Report of the Bombay Plague Committee
Disease focus: Plague
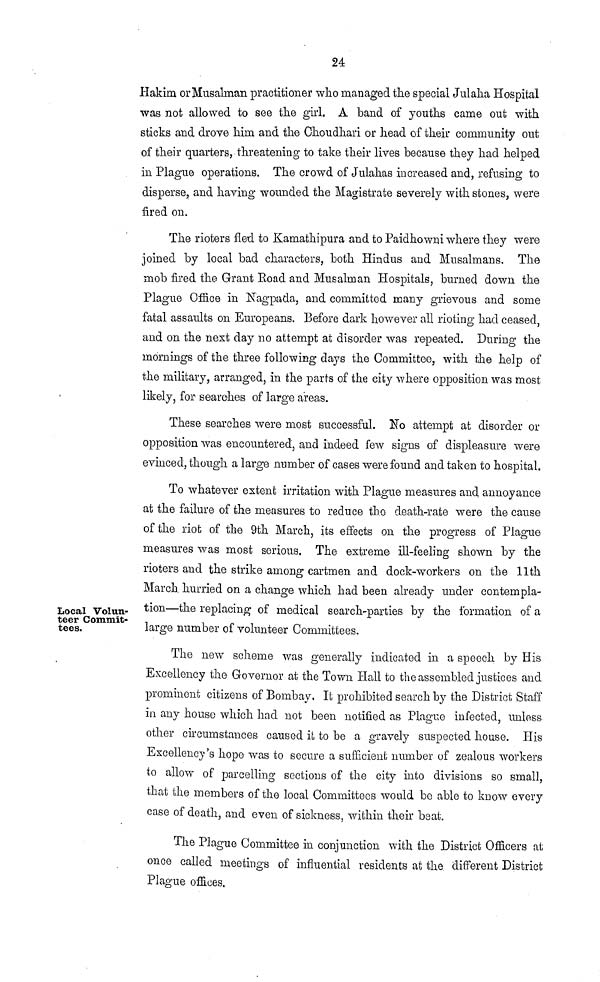
24
Hakim or Musalman practitioner who managed the special Julaha Hospital
was not allowed to see the girl. A band of youths came out with
sticks and drove him and the Choudhari or head of their community out
of their quarters, threatening to take their lives because they had helped
in Plague operations. The crowd of Julahas increased and, refusing to
disperse, and having wounded the Magistrate severely with stones, were
fired on.
The rioters fled to Kamathipura and to Paidhowni where they were
joined by local bad characters, both Hindus and Musalmans. The
mob fired the Grant Road and Musalman Hospitals, burned down the
Plague Office in Nagpada, and committed many grievous and some
fatal assaults on Europeans. Before dark however all rioting had ceased,
and on the next day no attempt at disorder was repeated. During the
mornings of the three following days the Committee, with the help of
the military, arranged, in the parts of the city where opposition was most
likely, for searches of large areas.
These searches were most successful. No attempt at disorder or
opposition was encountered, and indeed few signs of displeasure were
evinced, though a large number of cases were found and taken to hospital.
Local Volun-
teer Commit-
tees.
To whatever extent irritation with Plague measures and annoyance
at the failure of the measures to reduce the death-rate were the cause
of the riot of the 9th March, its effects on the progress of Plague
measures was most serious. The extreme ill-feeling shown by the
rioters and the strike among cartmen and dock-workers on the 11th
March hurried on a change which had been already under contempla-
tion—the replacing of medical search-parties by the formation of a
large number of volunteer Committees.
The new scheme was generally indicated in a speech by His
Excellency the Governor at the Town Hall to the assembled justices and
prominent citizens of Bombay, It prohibited search by the District Staff
in any house which had not been notified as Plague infected, unless
other circumstances caused it to be a gravely suspected house. His
Excellency's hope was to secure a sufficient number of zealous workers
to allow of parcelling sections of the city into divisions so small,
that the members of the local Committees would bo able to know every
case of death, and even of sickness, within their boat.
The Plague Committee in conjunction with the District Officers at
once called meetings of influential residents at the different District
Plague offices.